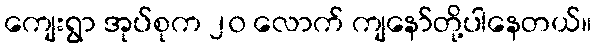
ကျေးရွာ အုပ်စုက ၂၀ လောက် ကျနော်တို့ပါနေတယ်။